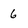
Character: 6